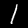
Digit: 1